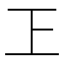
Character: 㠪